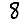
Digit: 8